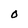
Character: O